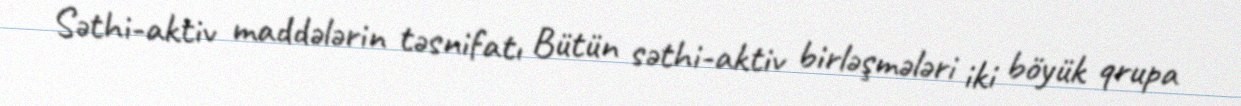
Səthi-aktiv maddələrin təsnifatı Bütün səthi-aktiv birləşmələri iki böyük qrupa